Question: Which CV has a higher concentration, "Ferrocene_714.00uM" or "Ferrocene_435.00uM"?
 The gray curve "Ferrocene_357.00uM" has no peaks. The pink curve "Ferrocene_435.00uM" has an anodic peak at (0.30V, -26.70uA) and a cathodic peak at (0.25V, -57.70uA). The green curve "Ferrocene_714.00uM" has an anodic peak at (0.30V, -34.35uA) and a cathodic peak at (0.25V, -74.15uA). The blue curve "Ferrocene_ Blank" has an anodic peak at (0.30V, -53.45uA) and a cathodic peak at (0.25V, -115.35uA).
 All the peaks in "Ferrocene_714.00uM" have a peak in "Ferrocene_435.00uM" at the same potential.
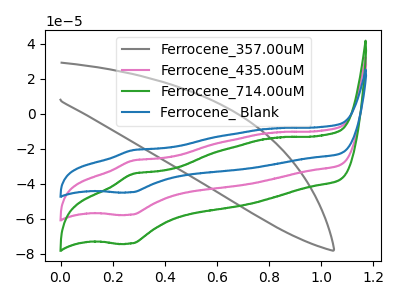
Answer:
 <answer>I cant tell if "Ferrocene_714.00uM" or "Ferrocene_435.00uM" has higher concentration.</answer>
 <eval>mixed_concentration</eval>